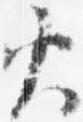
火